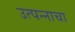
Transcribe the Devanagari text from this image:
उत्‍पन्‍नाचा